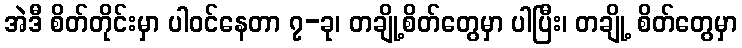
အဲဒီ စိတ်တိုင်းမှာ ပါဝင်နေတာ ၇-ခု၊ တချို့စိတ်တွေမှာ ပါပြီး၊ တချို့ စိတ်တွေမှာ